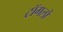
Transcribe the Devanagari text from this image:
टॉगलों